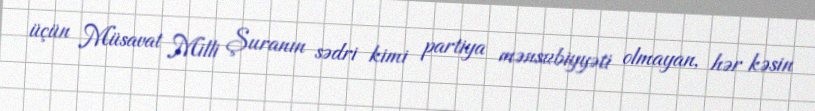
üçün Müsavat Milli Şuranın sədri kimi partiya mənsubiyyəti olmayan, hər kəsin